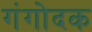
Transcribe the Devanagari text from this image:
गंगोदक